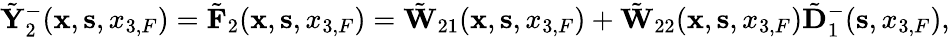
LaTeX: \begin{array}{r}{\tilde{\mathbf Y}_{2}^{-}({{\mathbf x}},{{\mathbf s}},{x_{3,F}})=\tilde{\mathbf F}_{2}({{\mathbf x}},{{\mathbf s}},{x_{3,F}})=\tilde{\mathbf W}_{21}({{\mathbf x}},{{\mathbf s}},{x_{3,F}})+\tilde{\mathbf W}_{22}({{\mathbf x}},{{\mathbf s}},{x_{3,F}})\tilde{\mathbf D}_{1}^{-}({\mathbf s},x_{3,F}),}\end{array}